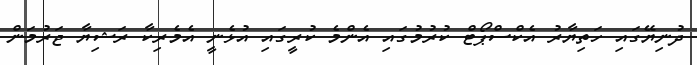
ދުނިޔޭގައި ހަތިޔާރު އެކްސްޕޯޓް ކުރުމުގައި އެންމެ ކުރީގައި އުޅެނީ އެމެރިކާ ރަޝިޔާ ޖަރުމަން